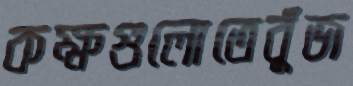
কক্ষগুলোতেবুঁজ